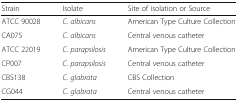
<table><thead><tr><td><b>Strain</b></td><td><b>Isolate</b></td><td><b>Site of isolation or Source</b></td></tr></thead><tbody><tr><td>ATCC 90028</td><td><i>C. albicans</i></td><td>American Type Culture Collection</td></tr><tr><td>CA075</td><td><i>C. albicans</i></td><td>Central venous catheter</td></tr><tr><td>ATCC 22019</td><td><i>C. parapsilosis</i></td><td>American Type Culture Collection</td></tr><tr><td>CP007</td><td><i>C. parapsilosis</i></td><td>Central venous catheter</td></tr><tr><td>CBS138</td><td><i>C. glabrata</i></td><td>CBS Collection</td></tr><tr><td>CG044</td><td><i>C. glabrata</i></td><td>Central venous catheter</td></tr></tbody></table>